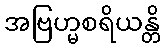
အဗြဟ္မစရိယန္တိ